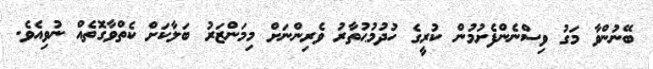
ބޭނުންވާ މަގު ވިސްނެންފެށުމުން ކުރީގެ ހުދުމުޙުތާރު ވެރިންނަށް މިމަންޒަރު ބަލާކަށް ކެތްވާގޮތެއް ނުވިއެވެ.